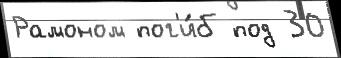
Рамоном пог'и́б под 30